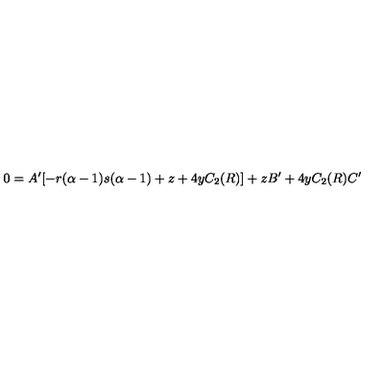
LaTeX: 0 = A ^ { \prime } [ - r ( \alpha - 1 ) s ( \alpha - 1 ) + z + 4 y C _ { 2 } ( R ) ] + z B ^ { \prime } + 4 y C _ { 2 } ( R ) C ^ { \prime }